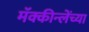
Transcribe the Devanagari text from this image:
मॅक्कीन्लेंच्या